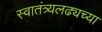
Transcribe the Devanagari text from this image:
स्वातंत्र्यलढ्यच्या